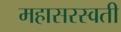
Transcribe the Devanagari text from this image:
महासरस्‍वती